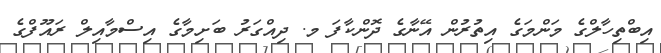
އިބްތިހާލްގެ މަންމަގެ އިތުރުން އޭނާގެ ދޮންކާފަ މ. ދިއްގަރު ބަށިމާގެ އިސްމާއިލް ރައޫފްގެ